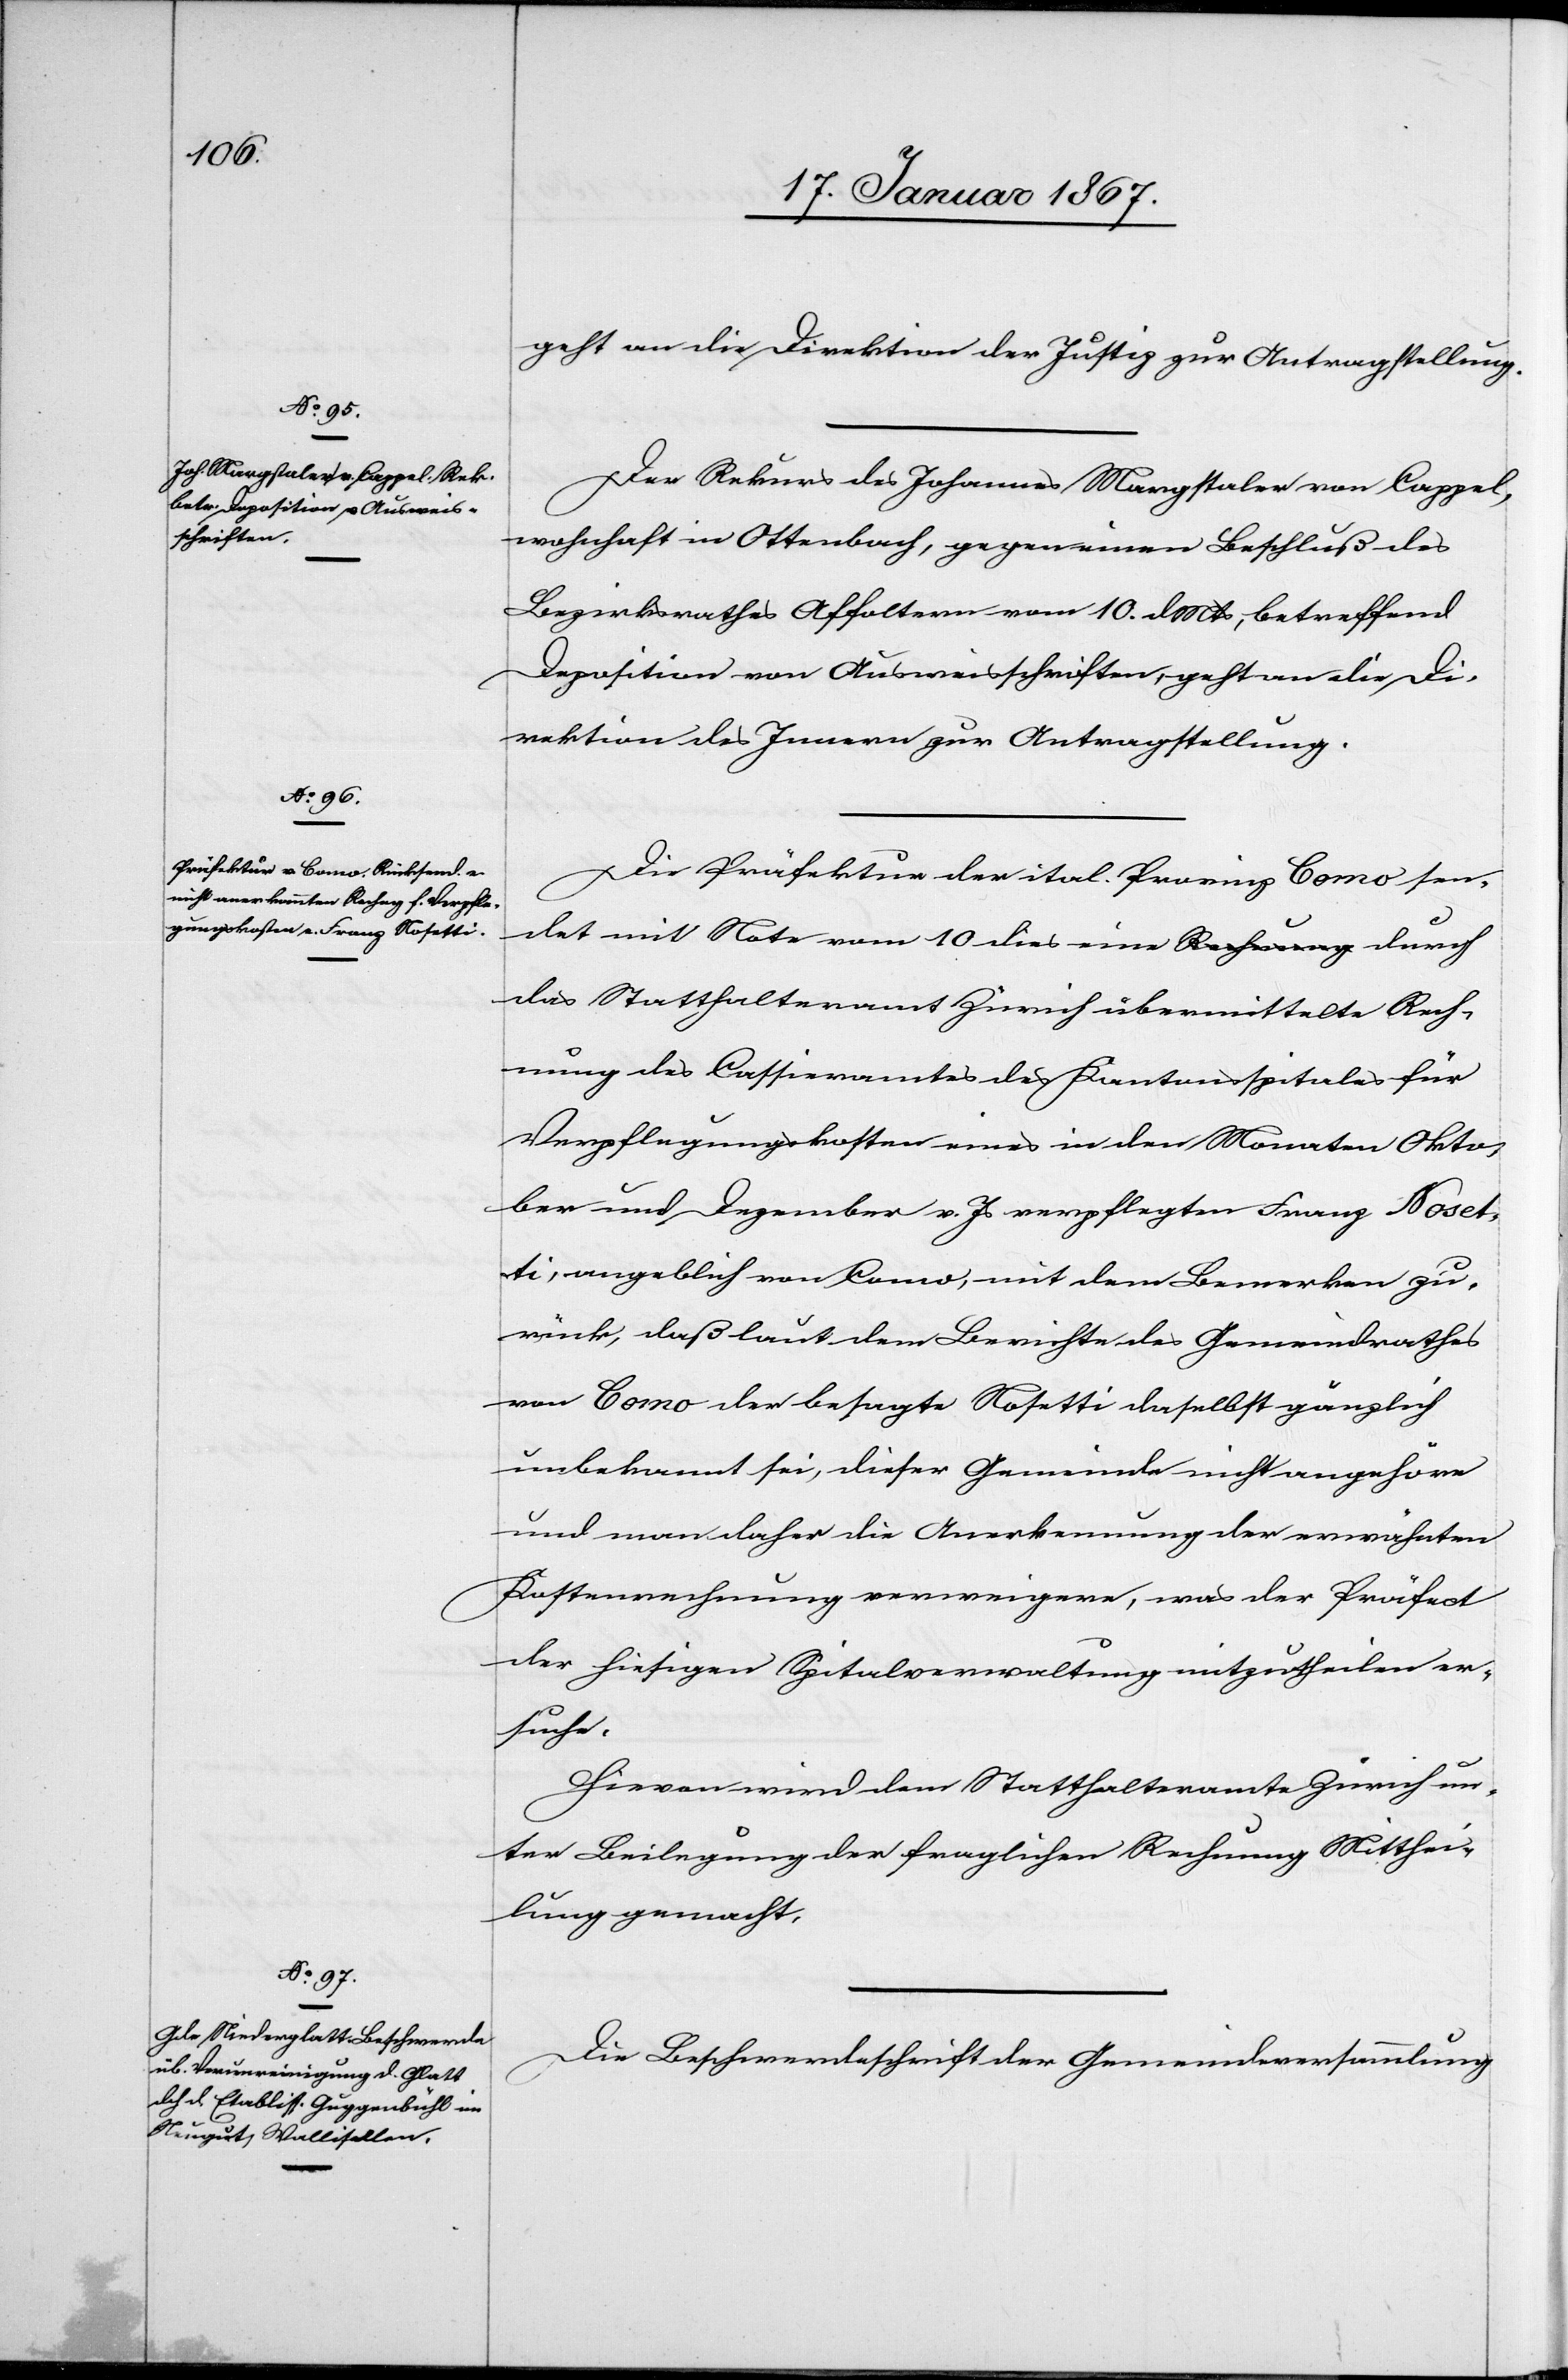
18. Januar 1867.]
geht an die Direktion der Justiz zur Antragstellung.
Der Rekurs des Johannes Margstaler von Cappel,
wohnhaft in Ottenbach, gegen einen Beschluß des
Bezirksrathes Affoltern vom 10. d. Mts, betreffend
Deposition von Ausweisschriften, geht an die Di¬
rektion des Innern zur Antragstellung.
Die Präfektur der ital. Provinz Como sen¬
det mit Note vom 10. dies eine durch
das Statthalteramt Zürich übermittelte Rech¬
nung des Cassieramtes des Kantonspitales für
Verpflegungskosten eines in den Monaten Okto¬
ber und Dezember v. Js verpflegten Franz Noset¬
ti, angeblich von Como, mit dem Bemerken zu¬
rück, daß laut dem Berichte des Gemeinderathes
von Como der besagte Nosetti daselbst gänzlich
unbekannt sei, dieser Gemeinde nicht angehöre
und man daher die Anerkennung der erwähnten
Kostenrechnung verweigere, was der Präfect
der hiesigen Spitalverwaltung mitzutheilen er¬
suche.
Hievon wird dem Statthalteramte Zürich un¬
ter Beilegung der fragliche Rechnung Mitthei¬
lung gemacht.
Die Beschwerdeschrift der Gemeindeversammlung